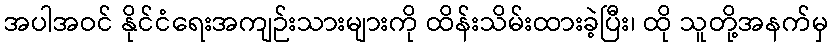
အပါအဝင် နိုင်ငံရေးအကျဉ်းသားများကို ထိန်းသိမ်းထားခဲ့ပြီး၊ ထို သူတို့အနက်မှ